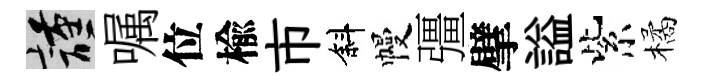
謹嘱位楡市斜幔彊擘謚紫橘